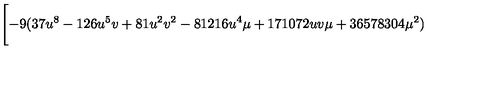
\Biggl [ - 9 ( 3 7 u ^ { 8 } - 1 2 6 u ^ { 5 } v + 8 1 u ^ { 2 } v ^ { 2 } - 8 1 2 1 6 u ^ { 4 } \mu + 1 7 1 0 7 2 u v \mu + 3 6 5 7 8 3 0 4 { \mu } ^ { 2 } )